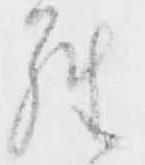
羅